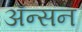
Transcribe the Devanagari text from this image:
अॅन्सन